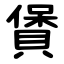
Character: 賲